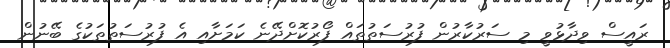
ރައީސް ވިދާޅުވީ މި ސަރުކާރުން ފުރުސަތުތައް ފޯރުކޮށްދޭނެ ކަމަށާއި އެ ފުރުސަތުތަކުގެ ބޭނުން